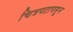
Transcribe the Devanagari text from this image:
चित्रपटापसून